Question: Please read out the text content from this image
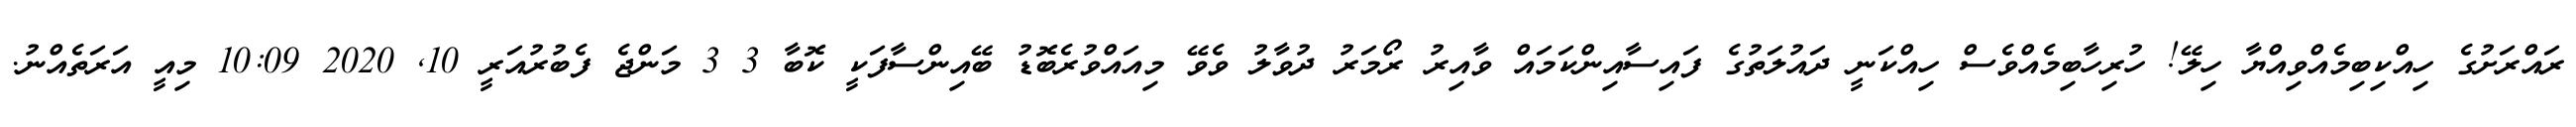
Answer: ރައްރަށުގެ ހިއްކިބިމެއްވިއްޔާ ހިލޭ! ހުރިހާބިމެއްވެސް ހިއްކަނީ ދައުލަތުގެ ފައިސާއިންކަމައް ވާއިރު ރޯމަރު ދުވާލު ވެވޭ މިއައްވުރެބޮޑު ބޭއިންސާފަކީ ކޮބާ 3 3 މަންޖެ ފެބުރުއަރީ 10, 2020 10:09 މިއީ އަރަތެއްނު.